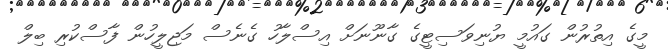
މީގެ އިތުރުން ގައުމީ ޔުނިވަސިޓީގެ ގާނޫނަށް އިސްލާހު ގެނެސް މަޖިލީހުން ފާސްކުރި ބިލް